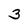
Character: 3